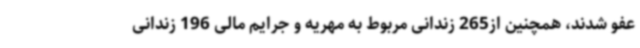
عفو شدند، همچنین از265 زندانی مربوط به مهریه و جرایم مالی 196 زندانی